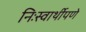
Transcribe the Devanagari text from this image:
निःस्वार्थीपणे